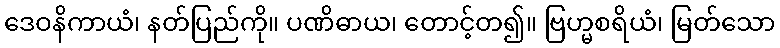
ဒေဝနိကာယံ၊ နတ်ပြည်ကို။ ပဏိဓာယ၊ တောင့်တ၍။ ဗြဟ္မစရိယံ၊ မြတ်သော